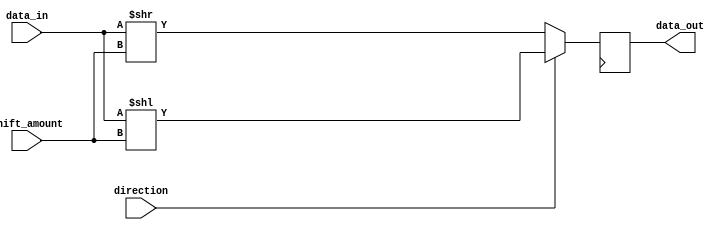
module barrel_shifter (
  input [7:0] data_in,
  input [2:0] shift_amount,
  input direction,
  output reg [7:0] data_out
);

reg [7:0] shifted_data;

// Arithmetic blocks for addition and subtraction operations
always @(*)
begin
  if (direction)
    shifted_data = data_in << shift_amount;
  else
    shifted_data = data_in >> shift_amount;
end

// Output the shifted data
always @(posedge clk)
begin
  data_out <= shifted_data;
end

endmodule